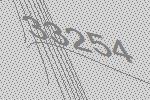
33254